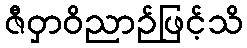
ဇီဝှာဝိညာဉ်ဖြင့်သိ